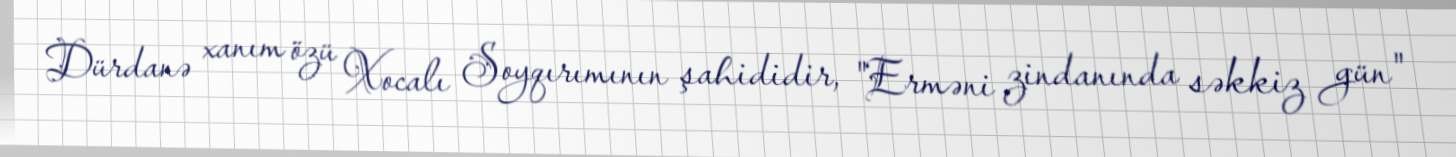
Dürdanə xanım özü Xocalı Soyqırımının şahididir, "Erməni zindanında səkkiz gün"